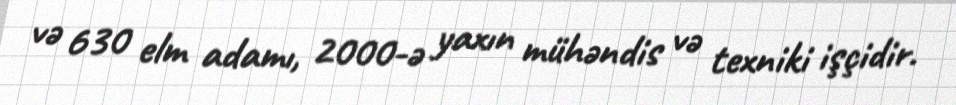
və 630 elm adamı, 2000-ə yaxın mühəndis və texniki işçidir.